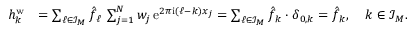
\begin{array} { r l } { h _ { \boldsymbol k } ^ { \mathrm { w } } } & { = \sum _ { \boldsymbol \ell \in \mathcal I _ { \boldsymbol M } } \hat { f } _ { \boldsymbol \ell } \, \sum _ { j = 1 } ^ { N } w _ { j } \, \mathrm e ^ { 2 \pi \mathrm i ( \boldsymbol \ell - \boldsymbol k ) \boldsymbol x _ { j } } = \sum _ { \boldsymbol \ell \in \mathcal I _ { \boldsymbol M } } \hat { f } _ { \boldsymbol k } \cdot \delta _ { \boldsymbol 0 , \boldsymbol k } = \hat { f } _ { \boldsymbol k } , \quad \boldsymbol k \in \mathcal I _ { \boldsymbol M } . } \end{array}